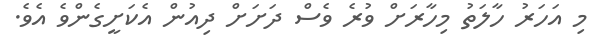
މި އަހަރު ހާލަތު މިހާރަށް ވުރެ ވެސް ދަށަށް ދިއުން އެކަށީގެންވެ އެވެ.